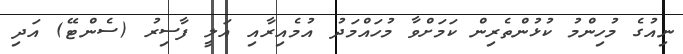
ނިއުގެ މުހިންމު ކުޅުންތެރިން ކަމަށްވާ މުހައްމަދު އުމެއިރާއި އަލީ ފާސިރު (ސެންޓޭ) އަދި